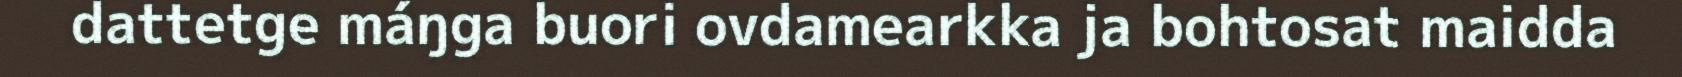
dattetge máŋga buori ovdamearkka ja bohtosat maidda